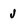
Character: J